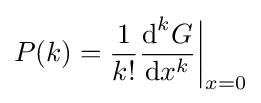
P(k)={\frac {1}{k!}}{\operatorname {d} ^{k}\!G \over \operatorname {d} \!x^{k}}{\biggl \vert }_{x=0}